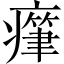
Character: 𤺭